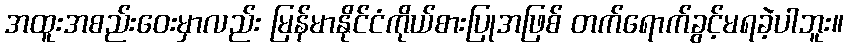
အထူးအစည်းဝေးမှာလည်း မြန်မာနိုင်ငံကိုယ်စားပြုအဖြစ် တက်ရောက်ခွင့်မရခဲ့ပါဘူး။